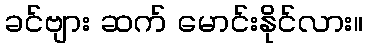
ခင်ဗျား ဆက် မောင်းနိုင်လား။